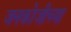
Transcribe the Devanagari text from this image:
जनकोजीच्या